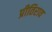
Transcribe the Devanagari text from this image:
प्रीतिराव